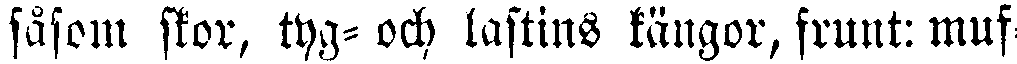
såsom stor, tyg- och lastins kängor, frunt: muf-